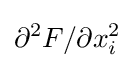
\partial ^{2}F/\partial x_{i}^{2}